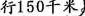
行150千米。